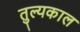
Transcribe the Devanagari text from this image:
तुल्यकाल